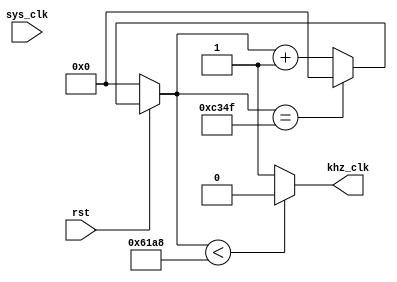
// Module to divide a 50 MHz input clock to 1 kHz output clock
module khz_clock(
	input rst,	     // /reset signal	
	input sys_clk,   // 50 MHz system clock input
	output khz_clk); // 1 kHz output clock

	
reg [15:0] div_counter;  // Counter to divide the 50 MHz by 50000

// Keep the output in the first half of the counter low, then high.
assign khz_clk = div_counter < 16'd25000 ? 0 : 1;

always @(sys_clk) begin
	if(~rst) begin  // Reset the divider.
		div_counter <= 16'd0;
	end else begin
		div_counter <= div_counter == 49999 ? 0 : div_counter + 1;
	end
end

endmodule